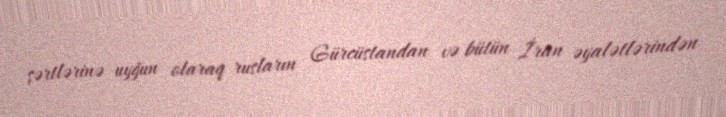
şərtlərinə uyğun olaraq rusların Gürcüstandan və bütün İran əyalətlərindən